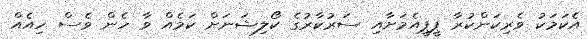
އެކަމަކު ވެރިކަންކުރާ ޕީޕީއެމަށާއި ސަރުކާރުގެ ކޯލިޝަނަށް ކަމެއް ވާ ހެން ވެސް ހިއެއް